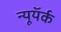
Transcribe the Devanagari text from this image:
न्यूयॅर्क